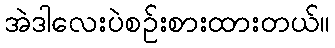
အဲဒါလေးပဲစဉ်းစားထားတယ်။